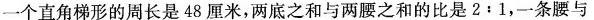
一个直角梯形的周长是48厘米，两底之和与两腰之和的比是2:1，-条腰与